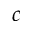
^ c